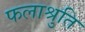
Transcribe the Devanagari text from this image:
फलाश्रुति